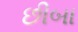
છીબા